Malarial fevers
Disease focus: Malaria
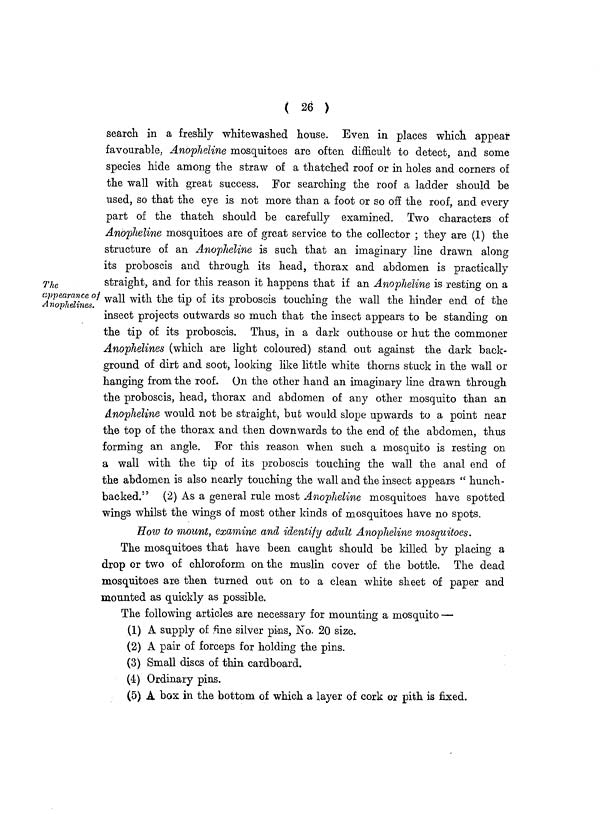
( 26 )
The
appearance of
Anophelines.
search in a freshly whitewashed house. Even in places which appear
favourable, Anopheline mosquitoes are often difficult to detect, and some
species hide among the straw of a thatched roof or in holes and corners of
the wall with great success. For searching the roof a ladder should be
used, so that the eye is not more than a foot or so off the roof, and every
part of the thatch should be carefully examined. Two characters of
Anopheline mosquitoes are of great service to the collector ; they are (1) the
structure of an Anopheline is such that an imaginary line drawn along
its proboscis and through its head, thorax and abdomen is practically
straight, and for this reason it happens that if an Anopheline is resting on a
wall with the tip of its proboscis touching the wall the hinder end of the
insect projects outwards so much that the insect appears to be standing on
the tip of its proboscis. Thus, in a dark outhouse or hut the commoner
Anophelines (which are light coloured) stand out against the dark back-
ground of dirt and soot, looking like little white thorns stuck in the wall or
hanging from the roof. On the other hand an imaginary line drawn through
the proboscis, head, thorax and abdomen of any other mosquito than an
Anopheline would not be straight, but would slope upwards to a point near
the top of the thorax and then downwards to the end of the abdomen, thus
forming an angle. For this reason when such a mosquito is resting on
a wall with the tip of its proboscis touching the wall the anal end of
the abdomen is also nearly touching the wall and the insect appears " hunch-
backed." (2) As a general rule most Anopheline mosquitoes have spotted
wings whilst the wings of most other kinds of mosquitoes have no spots.
How to mount, examine and identify adult Anopheline mosquitoes.
The mosquitoes that have been caught should be killed by placing a
drop or two of chloroform on the muslin cover of the bottle. The dead
mosquitoes are then turned out on to a clean white sheet of paper and
mounted as quickly as possible.
The following articles are necessary for mounting a mosquito —
(1) A supply of fine silver pins, No. 20 size.
(2) A pair of forceps for holding the pins.
(3) Small discs of thin cardboard.
(4) Ordinary pins.
(5) A box in the bottom of which a layer of cork or pith is fixed.